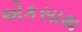
એકસાથ